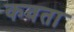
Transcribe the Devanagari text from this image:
कवता